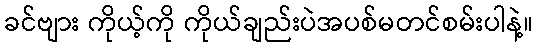
ခင်ဗျား ကိုယ့်ကို ကိုယ်ချည်းပဲအပစ်မတင်စမ်းပါနဲ့။